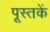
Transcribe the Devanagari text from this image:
पूस्‍तकें